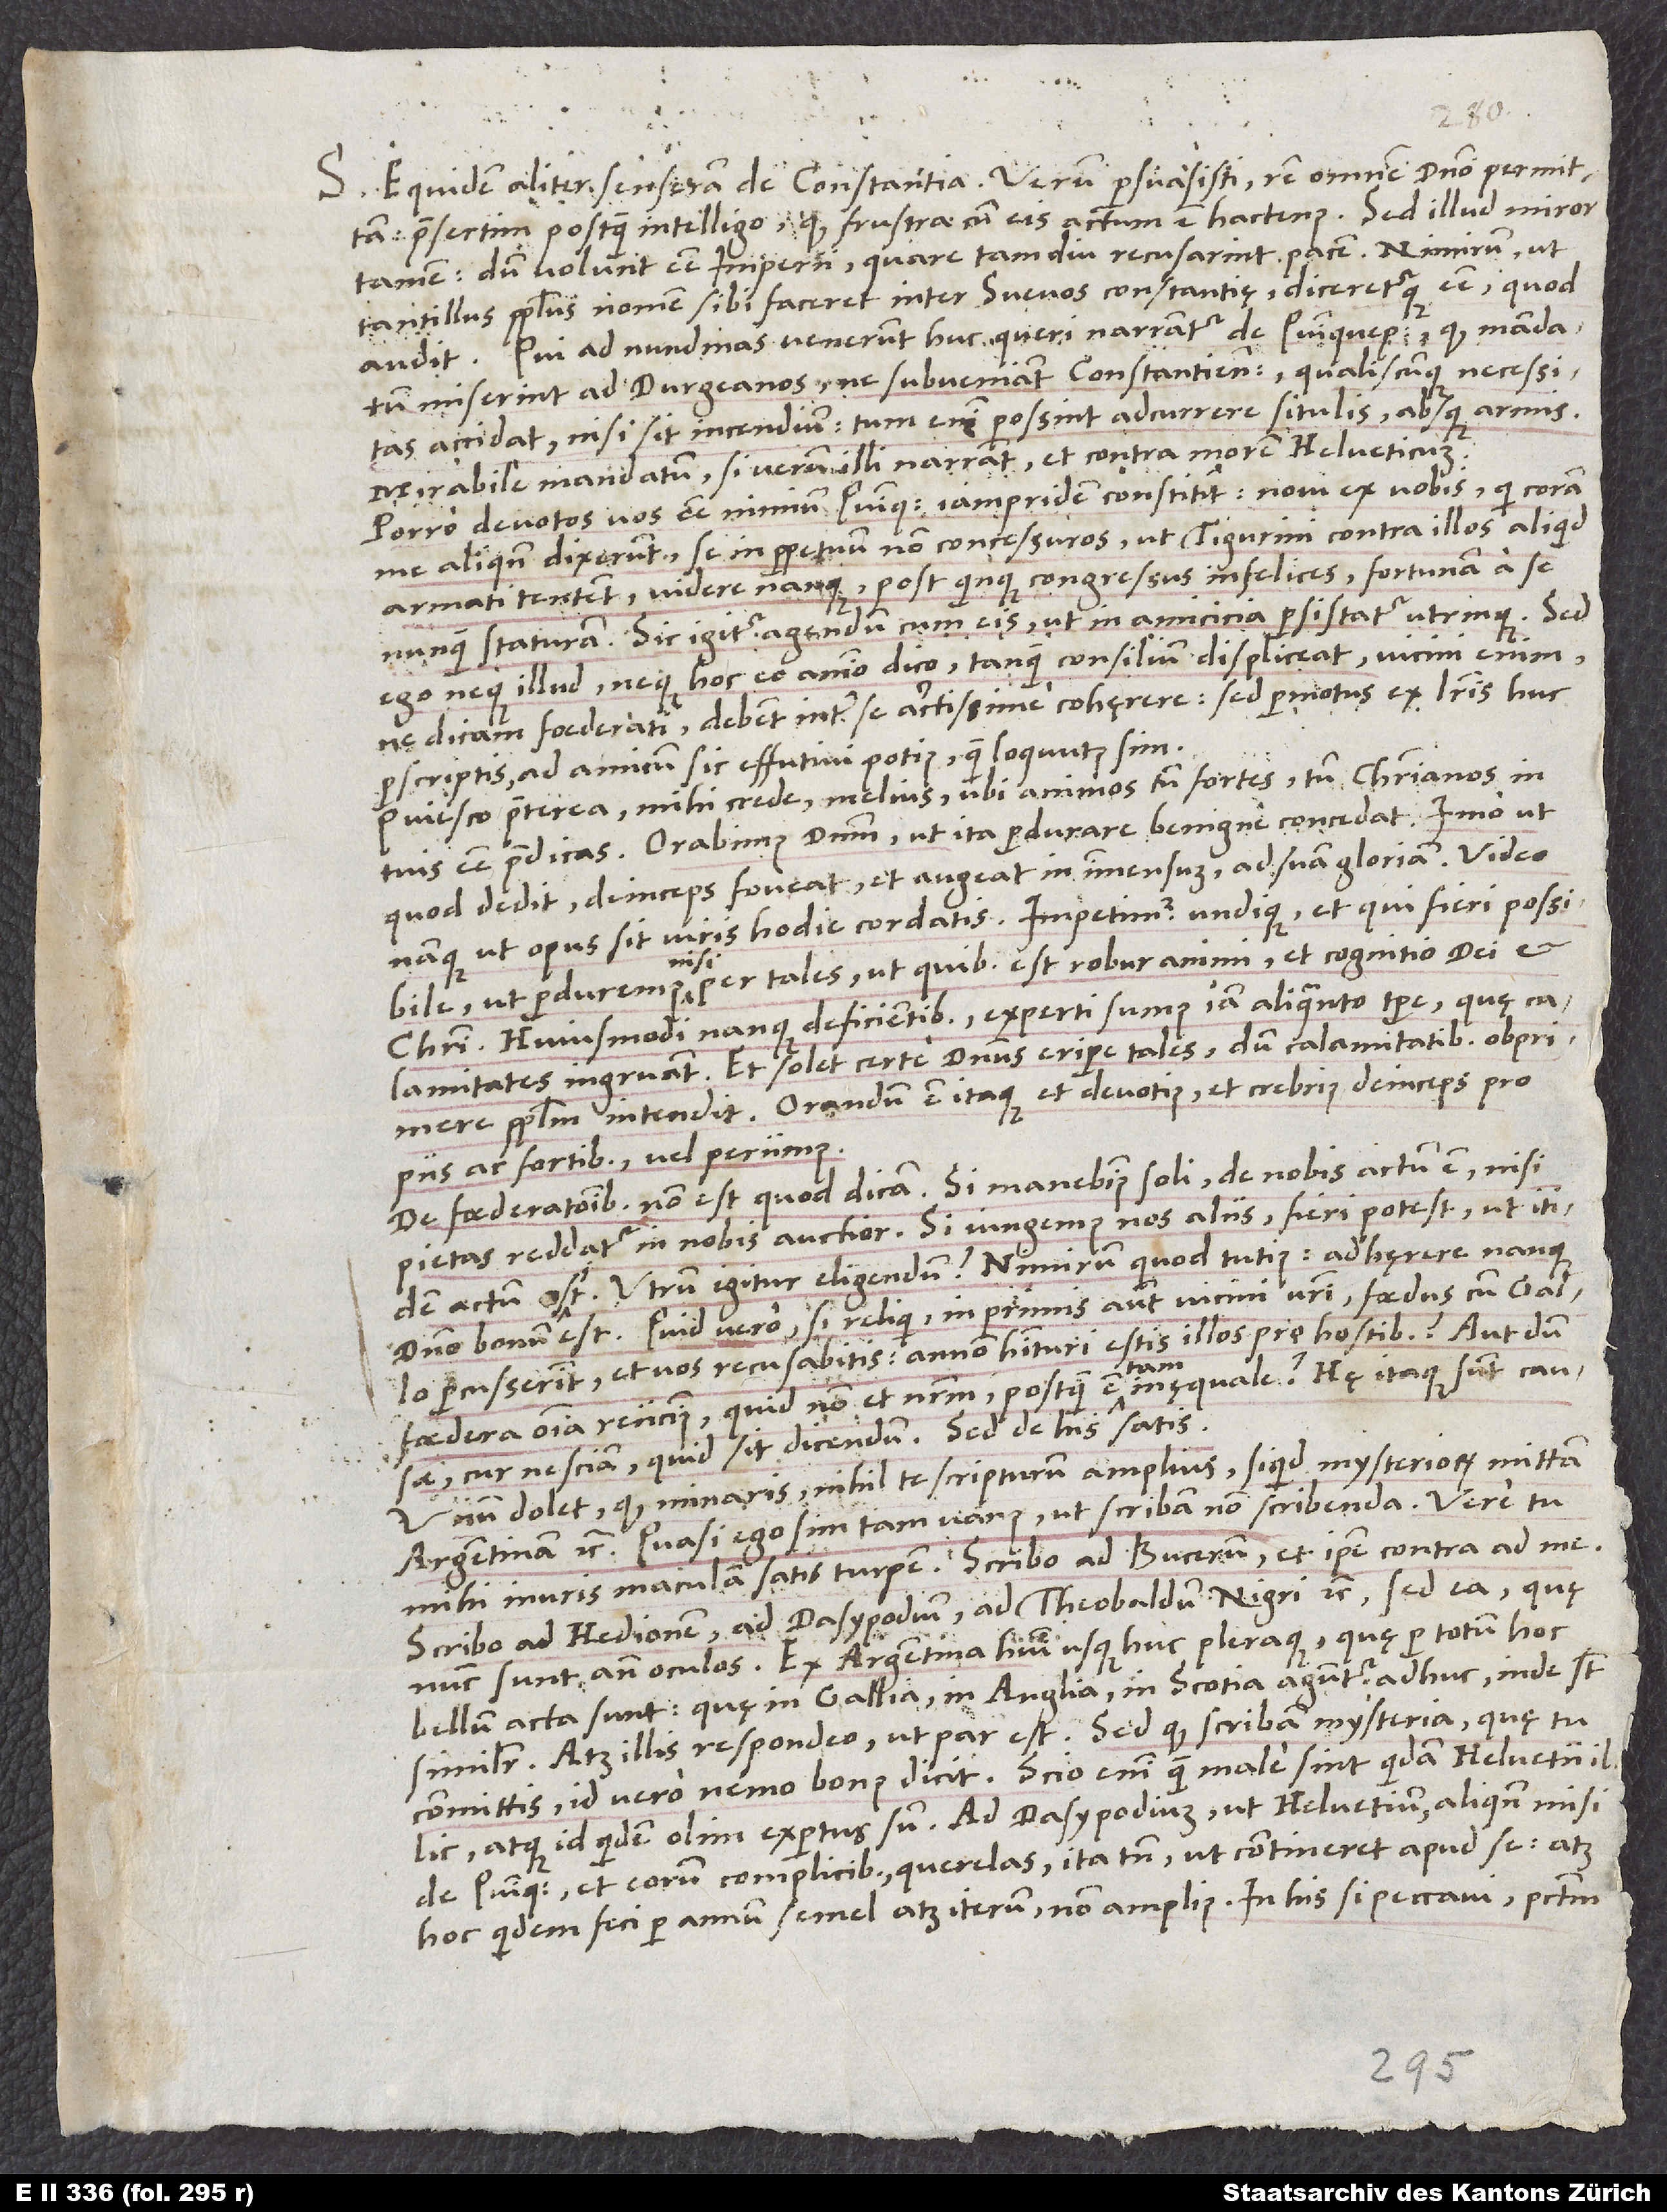
S. Equidem aliter senseram de Constantia, verum persuasisti, rem omnem domino permittam,
postquam intelligo, quam frustra cum eis actum est hactenus. Sed illud miror
tamen: Dum volunt esse imperii, quare tamdiu recu sarint pacem? Nimirum, ut
tantillus populus nomen sibi faceret inter Suevos constantię dicereturque esse, quod
audit. Qui ad nundinas venerunt huc, queri narrantur de Quinquepagicis, quod mandatum
miserint ad Durgeanos, ne subveniant Constantiensibus, qualiscunque necessitas
incidat, nisi sit incendium: Tum enim possint adcurrere situlis absque armis.
Mirabile mandatum, si verum illi narrant, et contra morem Helveticum!
Porro devotos vos esse nimium Quinquepagicis iampridem constitit: Novi ex vobis, qui coram
me aliquando dixerunt se in perpetuum non concessuros, ut Tigurini contra illos aliquid
armati tentent; videre nanque post quinque congressus infelices fortunam a se
nunquam staturam; sic igitur agendum cum eis, ut in amicicia persistatur utrinque. Sed
ego neque illud neque hoc eo animo dico, tanquam consilium displiceat (vicini enim,
ne dicam foederati, debent inter se arctissime cohęrere), sed permotus ex literis huc
perscriptis ad amicum sic effutivi potius quam loquutus sim.
Quiesco praeterea, mihi crede, melius, ubi animos tum fortes tum christianos in
tuis esse praedicas. Orabimus dominum, ut ita perdurare benigne concedat, imo ut,
quod dedit, deinceps foveat et augeat in immensum ad suam gloriam. Video
namque, ut opus sit viris hodie cordatis. Impetimur undique; et qui fieri possibile,
ut perduremus, nisi per tales, ut quibus est robur animi et cognitio dei et
Christi. Huiusmodi nanque deficientibus experti sumus iam aliquanto tempore, quę
calamitates ingruant. Et solet certe dominus eripere tales, dum calamitatibus obprimere
populum intendit. Orandum est itaque et devotius et crebrius deinceps pro
piis ac fortibus, vel periimus.
De foederationibus non est, quod dicam. Si manebimus soli, de nobis actum est, nisi
pietas reddatur in nobis auctior. Si iungemus nos aliis, fieri potest, ut itidem
actum sit. Utrum igitur eligendum? Nimirum, quod tutius: Adhęrere nanque
domino bonum est. Quid vero, si reliqui, inprimis autem vicini vestri, foedus cum Gallo
percusserint et vos recusabitis? Annon habituri estis illos pro hostibus? Aut dum
foedera omnia reiicimus, quid non et nostrum, postquam est tam inęquale? Hę itaque sunt causae,
cur nesciam, quid sit dicendum. Sed de his satis.
dolet, quod minaris nihil te scripturum amplius, siquid mysteriorum mittam
Argentinam, etc., quasi ego sim tam vanus, ut scribam non scribenda! Vere tu
mihi inuris maculam satis turpem. Scribo ad Bucerum et ipse contra ad me.
Scribo ad Hedionem, ad Dasypodium, ad Theobaldum Nigri, etc., sed ea, quę
nunc sunt ante oculos. Ex Argentina habui usque huc pleraque, quę per totum hoc
bellum acta sunt. Quę in Gallia, in Anglia, in Scotia aguntur adhuc, inde sunt
similiter. Atque illis respondeo, ut par est. Sed quod scribam mysteria, quę tu
committis, id vero nemo bonus dicit! Scio enim, quam male sint quidam Helvetii illic,
atque id quidem olim expertus sum. Ad Dasypodium, ut Helvetium, aliquando misi
de Quinquepagicis et eorum complicibus querelas, ita tamen, ut contineret apud se (atque
hoc quidem feci per annum semel atque iterum, non amplius!). In his si peccavi, peccatum